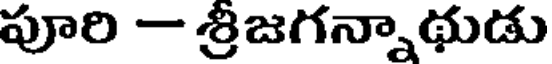
పూరి - శ్రీజగన్నాథుడు